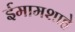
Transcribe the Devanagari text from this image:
ईमामशाहे